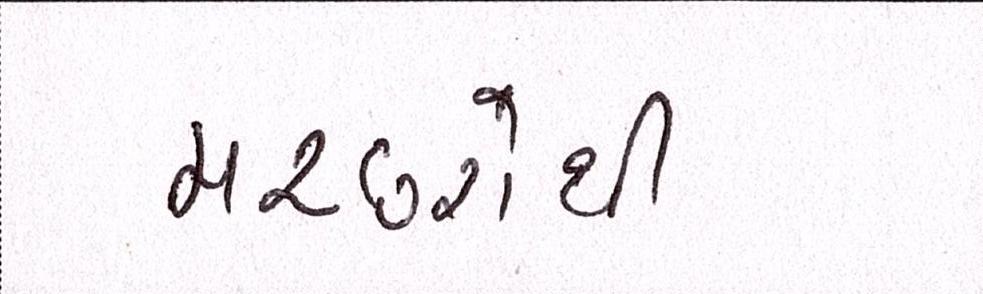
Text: મચ્છરોથી